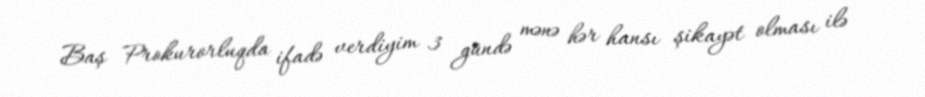
Baş Prokurorluqda ifadə verdiyim 3 gündə mənə hər hansı şikayət olması ilə